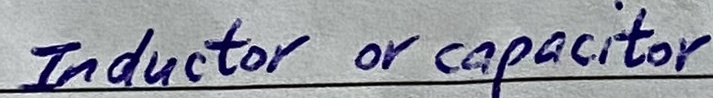
Text: Inductor or capacitor